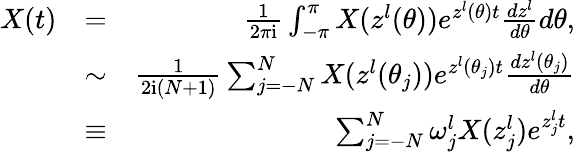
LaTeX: \begin{array}{rlr}{X(t)}&{=}&{\frac{1}{2\pi\mathrm{i}}\int_{-\pi}^{\pi}X(z^{l}(\theta))e^{z^{l}(\theta)t}\frac{dz^{l}}{d\theta}d\theta,}\\ &{\sim}&{\frac{1}{2\mathrm{i}(N+1)}\sum_{j=-N}^{N}X(z^{l}(\theta_{j}))e^{z^{l}(\theta_{j})t}\frac{dz^{l}(\theta_{j})}{d\theta}}\\ &{\equiv}&{\sum_{j=-N}^{N}\omega_{j}^{l}X(z_{j}^{l})e^{z_{j}^{l}t},}\end{array}